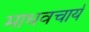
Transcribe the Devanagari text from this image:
माधवचार्य